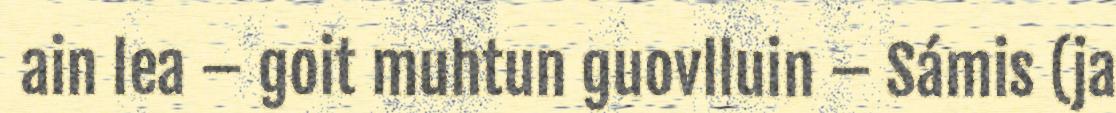
ain lea – goit muhtun guovlluin – Sámis (ja